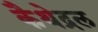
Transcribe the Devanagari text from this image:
कैथेद्रल